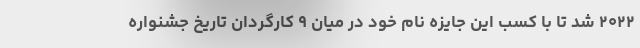
۲۰۲۲ شد تا با کسب این جایزه نام خود در میان ۹ کارگردان تاریخ جشنواره